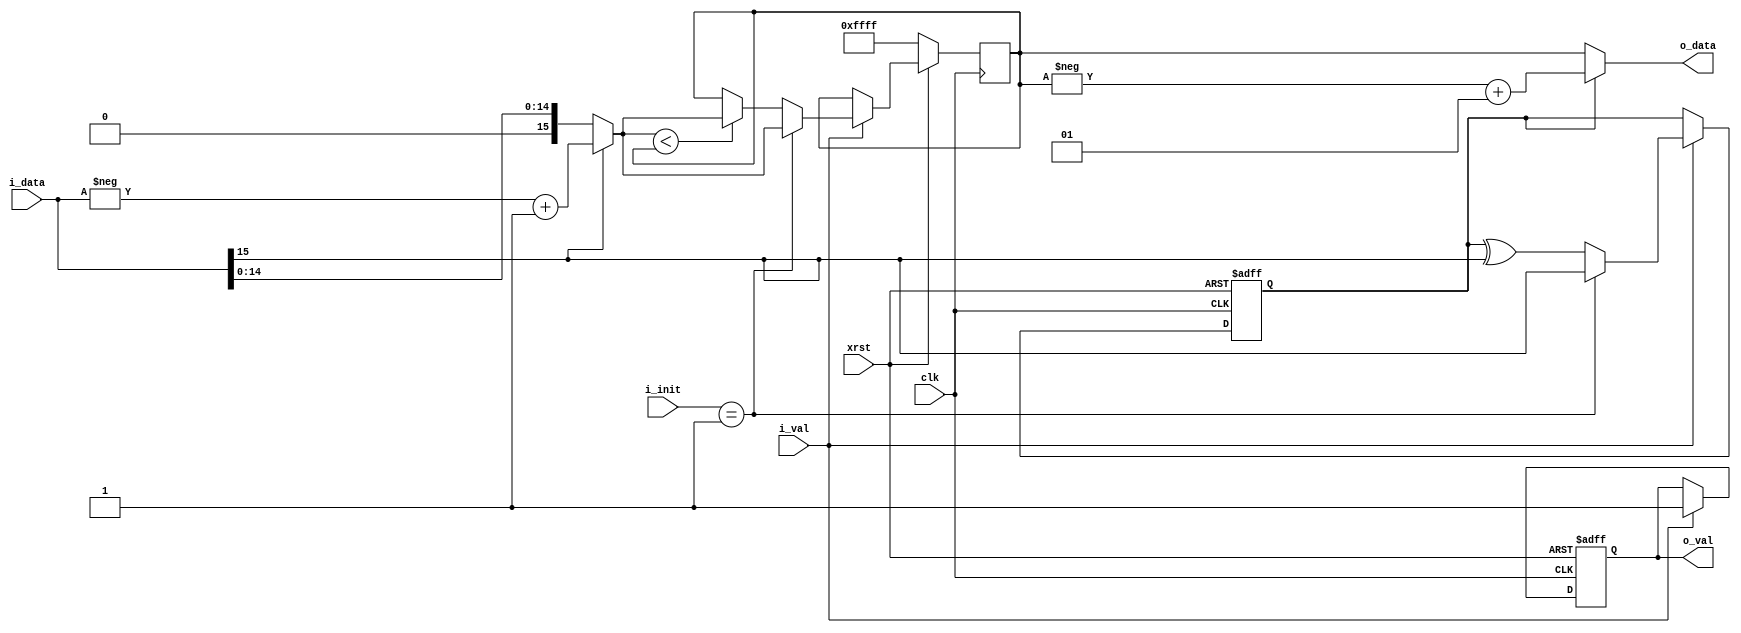
/*  */
module row(i_data,i_val,o_data,o_val,clk,xrst,i_init);
   input  [15:0] i_data;//
   input  i_val;//valid
   output [15:0] o_data;//
   output reg o_val;//valid
   input  clk;//
   input  xrst;//
   input [2:0] i_init;//
   reg signed [15:0] r_min;//
   reg 			  r_exor;//

   //
   assign o_data=(!r_exor)?r_min:(-r_min+1);

   //valid
   always@(posedge clk or negedge xrst)begin
      if(!xrst)
	o_val <= 0;
      else if (i_val)
	o_val <= 1;
      else
	o_val <= o_val;
   end
	
   //
   always@(posedge clk or negedge xrst)begin
      if(!xrst)
	r_exor <= 0;
      else if(i_val)
	begin
	   if(i_init == 1)
	     r_exor<=i_data[15];
	   else 
	     r_exor<=r_exor^i_data[15];
	end
      else
	r_exor <= r_exor;
   end // always@ (posedge clk or negedge xrst)
   
   //
   always@(posedge clk)begin
      if(!xrst)
	r_min <= 16'b1111111111111111;
      else if (i_val)
	begin
	   if(i_init == 1)
	     r_min <= funcabs(i_data);
	   else
	     r_min <= (funcabs(i_data)< r_min)?funcabs(i_data):r_min;
	end
      else
	r_min <= r_min;
   end

//
   function [15:0] funcabs;
      input [15:0] i_data;
      funcabs=(!i_data[15])? i_data:(-i_data+1);
   endfunction   
   
endmodule // row